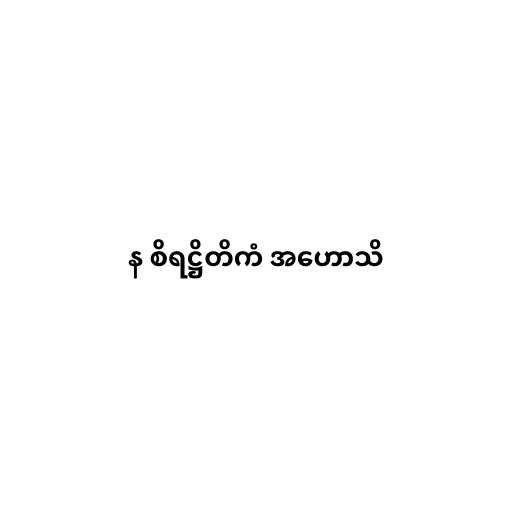
န စိရဋ္ဌိတိကံ အဟောသိ